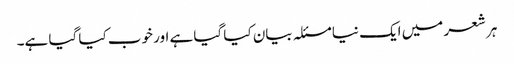
ہر شعر میں ایک نیا مسئلہ بیان کیا گیا ہے اور خوب کیا گیا ہے۔